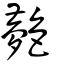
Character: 𦫰